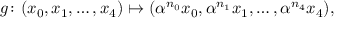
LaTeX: g \colon ( x _ { 0 } , x _ { 1 } , \ldots , x _ { 4 } ) \mapsto ( \alpha ^ { n _ { 0 } } x _ { 0 } , \alpha ^ { n _ { 1 } } x _ { 1 } , \ldots , \alpha ^ { n _ { 4 } } x _ { 4 } ) ,